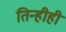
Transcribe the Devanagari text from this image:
तिन्हीही